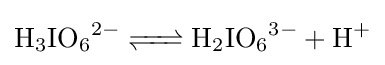
{\ce {H3IO6^2- <=> H2IO6^3- + H+}}